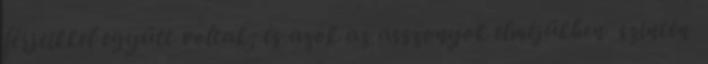
férjeikkel együtt voltak; és azok az asszonyok elméjükben szintén